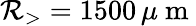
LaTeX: \mathcal{R}_{>}=1500\, \mu\mathrm{{~m~}}